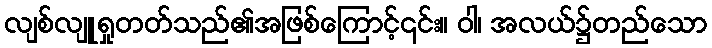
လျစ်လျူရှုတတ်သည်၏အဖြစ်ကြောင့်၎င်း။ ဝါ၊ အလယ်၌တည်သော